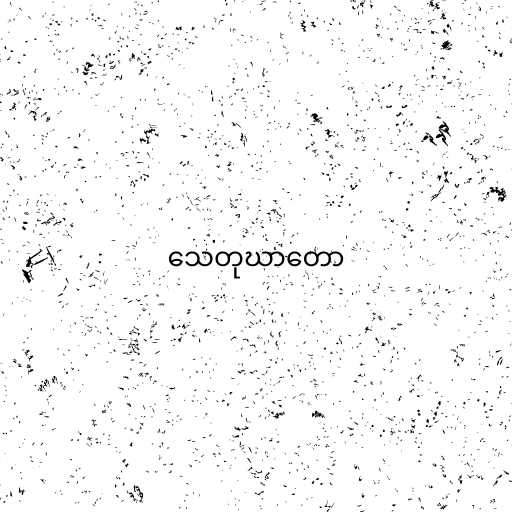
သေတုဃာတော